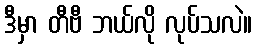
ဒီမှာ တီဗီ ဘယ်လို လုပ်သလဲ။